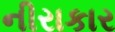
નીરાકાર